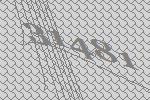
31481